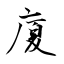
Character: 廈